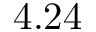
4 . 2 4